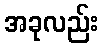
အခုလည်း